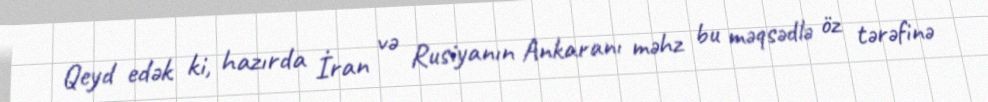
Qeyd edək ki, hazırda İran və Rusiyanın Ankaranı məhz bu məqsədlə öz tərəfinə